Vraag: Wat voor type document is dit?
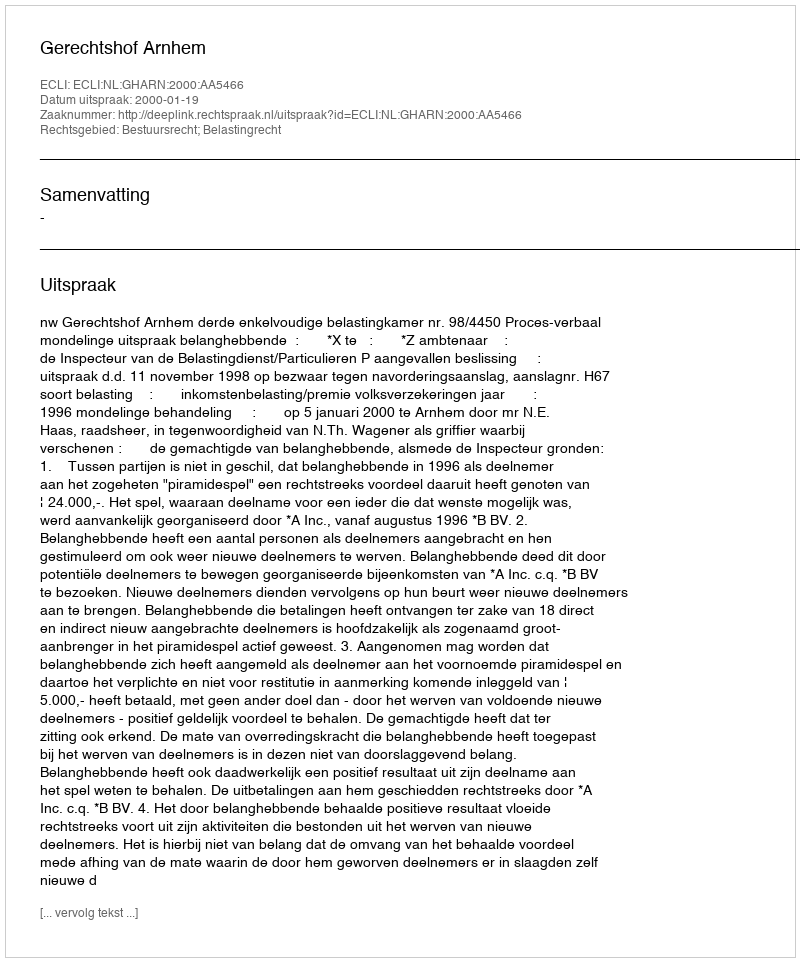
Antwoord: Uitspraak